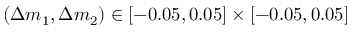
( \Delta m _ { 1 } , \Delta m _ { 2 } ) \in [ - 0 . 0 5 , 0 . 0 5 ] \times [ - 0 . 0 5 , 0 . 0 5 ]